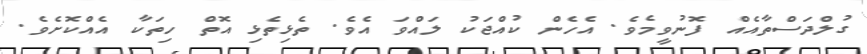
ގުލްދަސްތާއެއް ފޮނުވީމެވެ. އެހެން ކުއްޖަކު ލައްވަ އެވެ. ތެޅިތެޅި އޮތް ހިތަކާ އެއްކޮށެވެ.